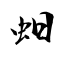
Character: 蚎